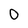
Character: 0